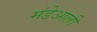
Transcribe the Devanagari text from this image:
मंडेआली